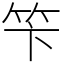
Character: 笇